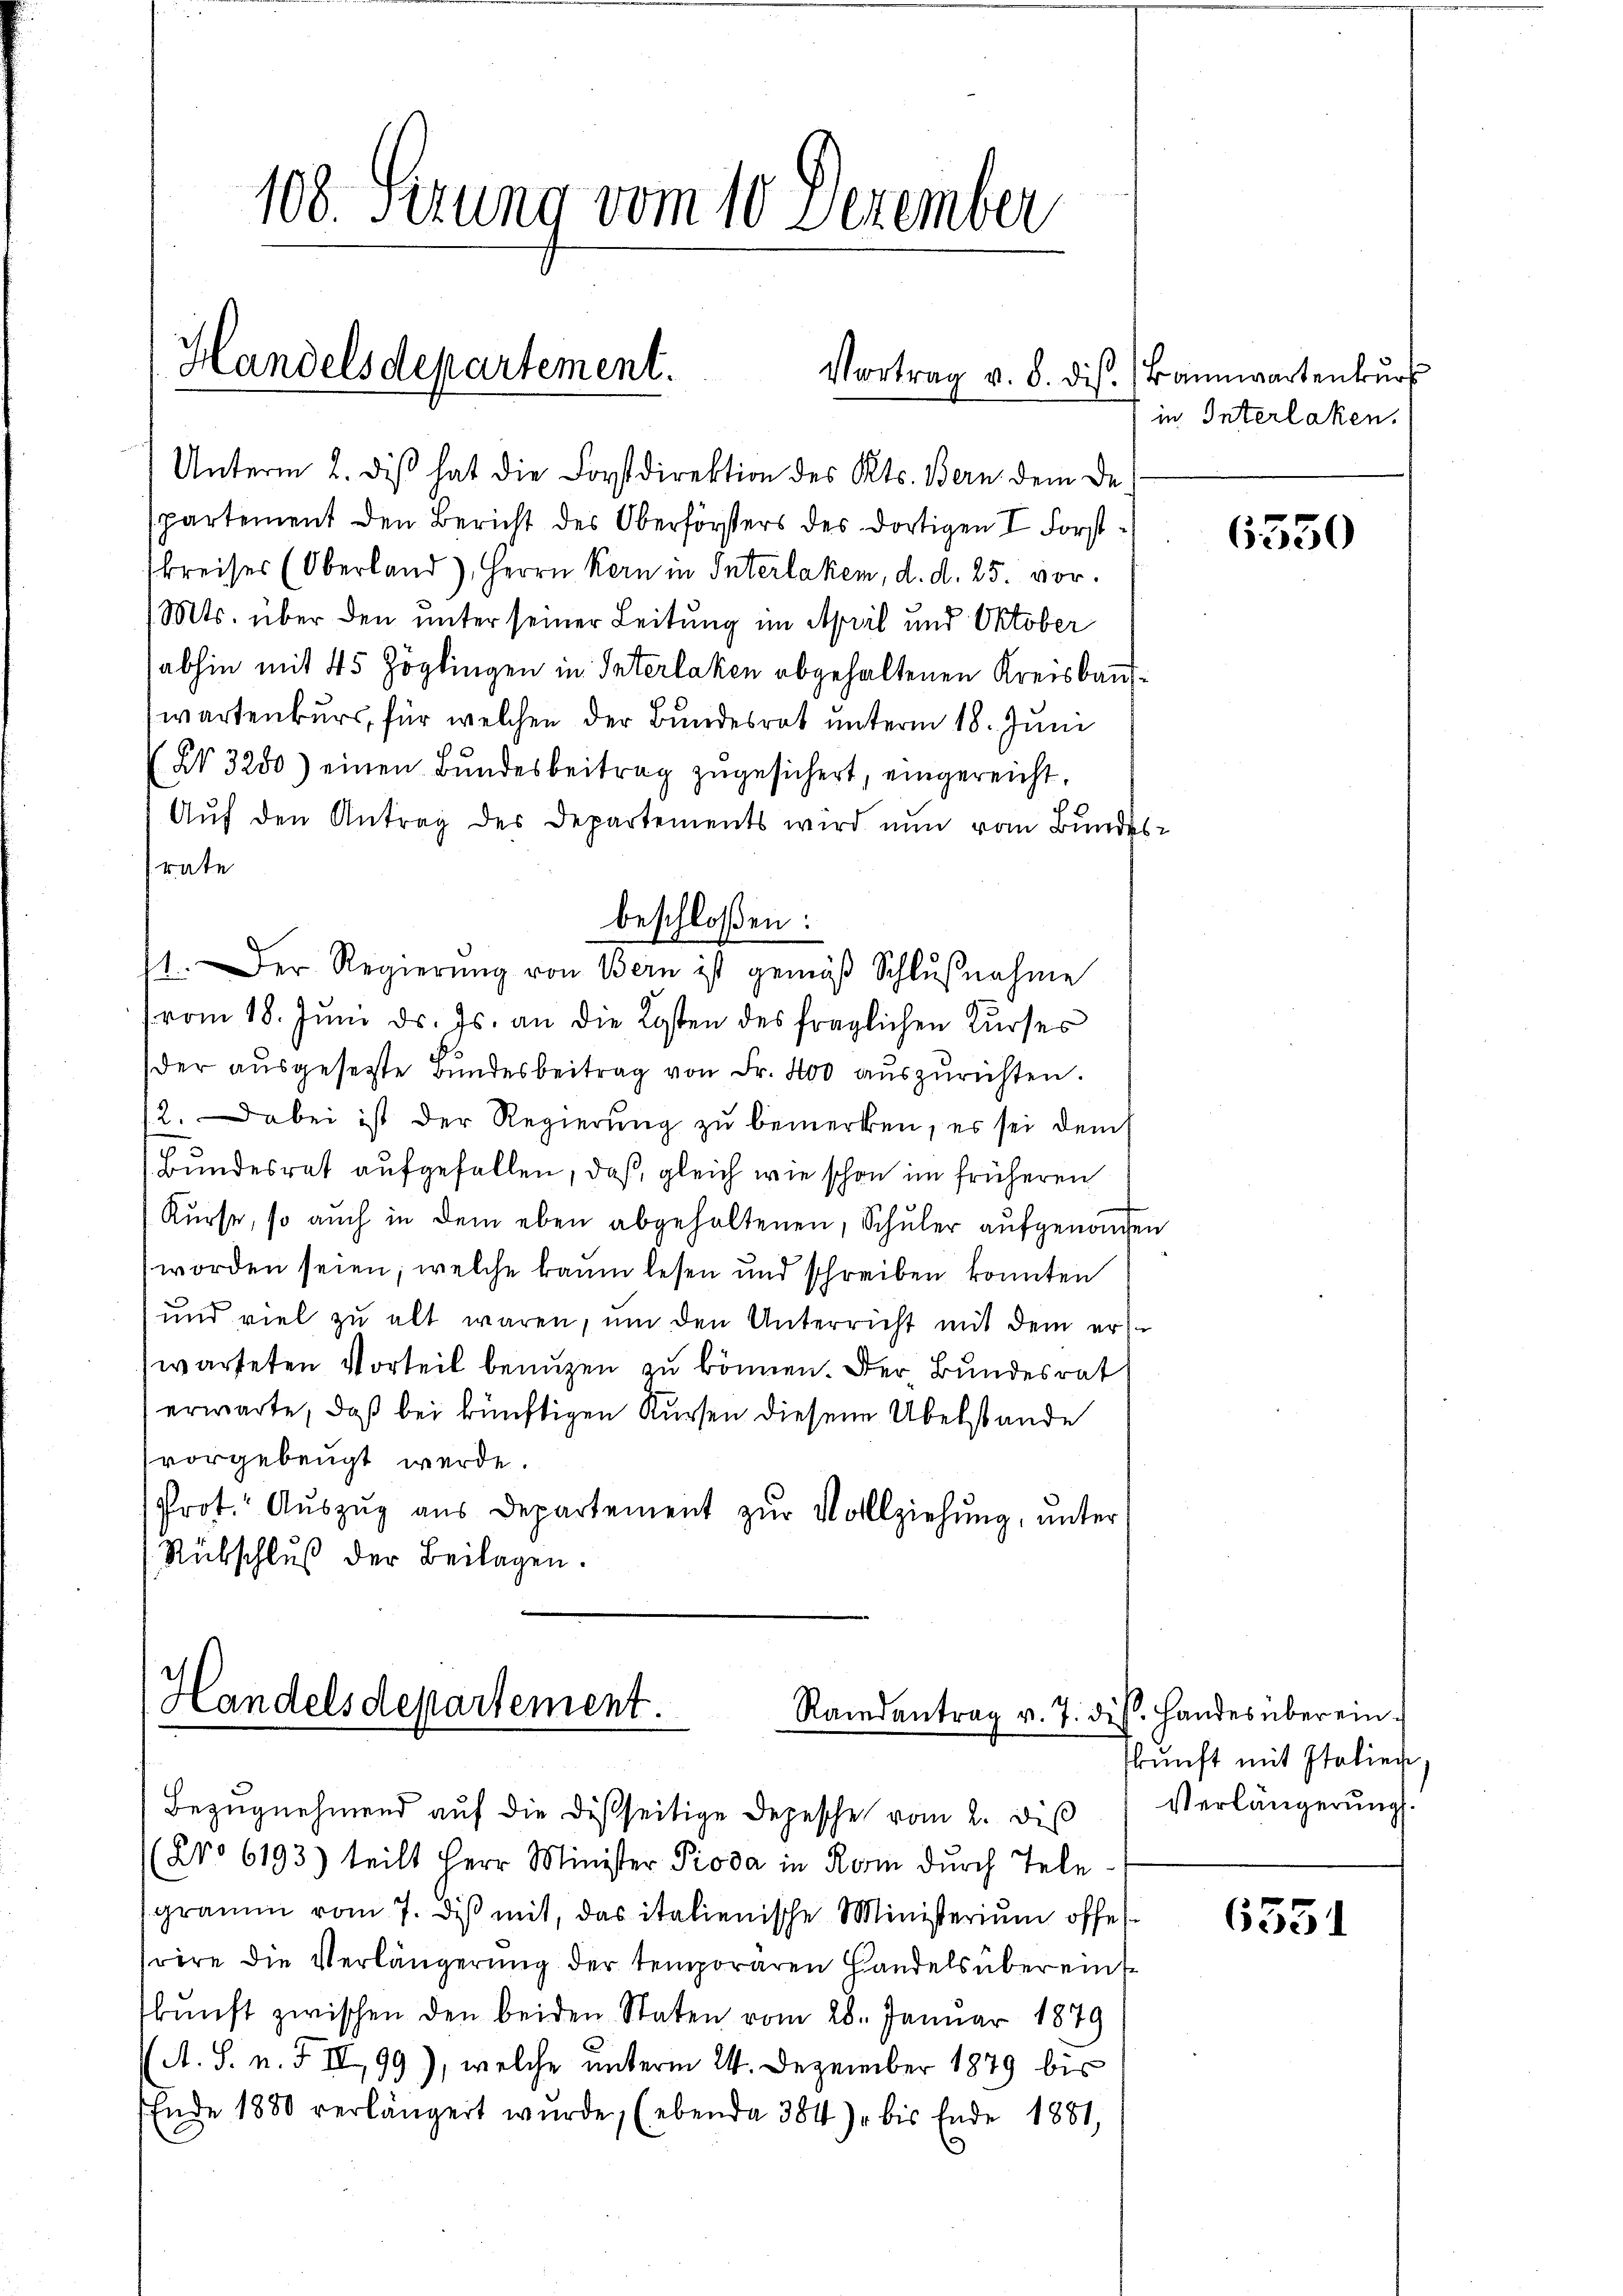
108 Sezung vom 10 Dezember

Unterm 2. diβ hat die Forstdirektion des Kts. Bern dem de
partement den Bericht des Oberförsters des dortigen I Forstskreises (Oberland), Herrn Kern in Interlaken, d. d. 25. vor.
Mts. über den unter seiner Leitung im April und Oktober
abhin mit 45 Zöglingen in Interlaken abgehaltenen Kreisbauwartenburs, für welchen der Bundesrat unterm 18. Juni
N 3280) einen Bŭndesbeitrag zugesichert, eingereicht,
Aŭf den Antrag des Departements wird nun vom Bundes-
rate
vom 18. Jŭni d. Js. an die Kosten des fraglichen Kurses
der ausgesetzte Bundesbeitrag von Fr. 400 auszurichten.
12. Dabei ist der Regierung zu bemerken, es sei dem
(Bundesrat aufgefallen, daß, gleich wie schon im früheren
Kŭrse, so auch in dem eben abgehaltenen, Schuler aufgenomen
worden seien, welche kaum lesen und schreiben konnten
und viel zu alt waren, um den Unterricht mit dem ers
warteten Vorteil benuzen zu können. Der Bundesrat
erwarte, daß bei künftigen Kursen diesem Übelstande
vorgebeugt werde.
Prot. Aŭszŭg aŭs Departement zŭr Vollziehung, unter
Rübschluß der Beilagen.

Handelsdepartement.
Randantrag v. 7. dis. Handes über ein.
Bezugnehmend auf die desseitige Depesche vom 2. diß

Handelsdepartement.

beschloßen:
1. Der Regierŭng von Bern ist gemäβ Schlŭβnahme

Vortrag v. 8. dis. Bannwartenkŭrs

(No 6193) teilt Herr Minister Pioda in Rom durch Tele
gramm vom 7. diß mit, das italienische Ministerium offes
wöre die Verlängerung der temporären Handels übereins
kŭnft zwischen den beiden Staten vom 28. Januar 1879
A. S. n. F. II, 99), welche unterm 24. Dezember 1879 bis
Ende 1880 verlängert wurde, (ebenda 384 bis Ende 1881,

in Interlaken.

6350

kunft mit Italien.
Verlängerung.

6351